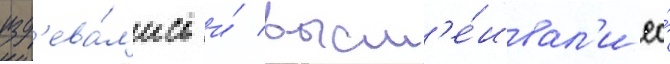
изд'ева́л'ись и́ высм'е́ивал'и ео́